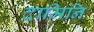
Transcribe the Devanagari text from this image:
दामिनि